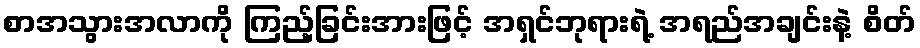
စာအသွားအလာကို ကြည့်ခြင်းအားဖြင့် အရှင်ဘုရားရဲ့ အရည်အချင်းနဲ့ စိတ်